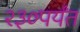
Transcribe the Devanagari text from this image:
२३०पर्यंत